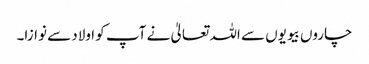
چاروں بیویوں سے اللہ تعالیٰ نے آپ کو اولاد سے نوازا۔